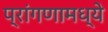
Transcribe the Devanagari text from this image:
प्रांगणामध्ये